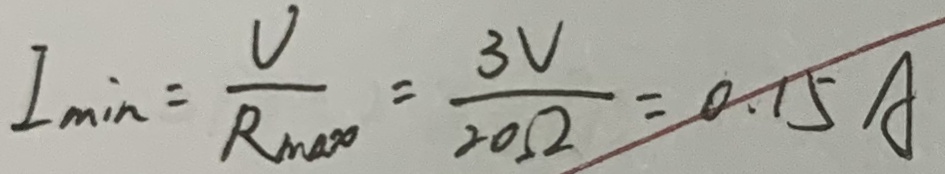
I _ { \min } = \frac { U } { R _ { m a x } } = \frac { 3 V } { 2 0 \Omega } = 0 . 1 5 A